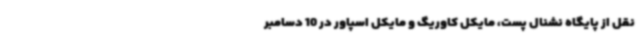
نقل از پایگاه نشنال پست، مایکل کاوریگ و مایکل اسپاور در 10 دسامبر